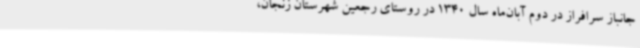
جانباز سرافراز در دوم آبان‌ماه سال 1340 در روستای رجعین شهرستان زنجان،